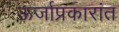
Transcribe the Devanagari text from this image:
ऊर्जाप्रकारांत